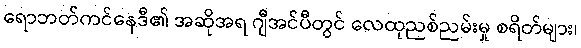
ရောဘတ်ကင်နေဒီ၏ အဆိုအရ ဂျီအင်ပီတွင် လေထုညစ်ညမ်းမှု စရိတ်များ၊